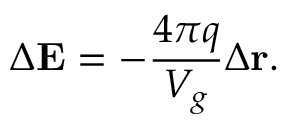
\Delta \mathbf { E } = - \frac { 4 \pi q } { V _ { g } } \Delta \mathbf { r } .